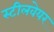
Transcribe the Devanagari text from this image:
स्टीलवेयर